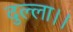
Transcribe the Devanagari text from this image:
दुल्ला।।